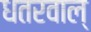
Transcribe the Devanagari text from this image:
धतरवाल्